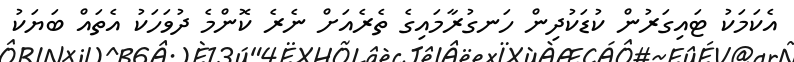
އެކަމަކު ޓައިގަރުން ކުޑަކުދިން ހަނގުރާމައިގެ ތެރެއަށް ނެރެ ކޮންމެ ދުވަހަކު އެތައް ބަޔަކު